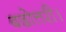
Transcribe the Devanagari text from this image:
बढोत्तरी।